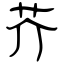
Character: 芥